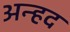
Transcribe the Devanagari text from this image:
अन्‍हद